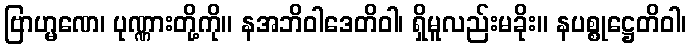
ဗြာဟ္မဏေ၊ ပုဏ္ဏားတို့ကို။ နအဘိဝါဒေတိဝါ၊ ရှိမူလည်းမခိုး။ နပစ္စုဋ္ဌေတိဝါ၊